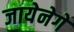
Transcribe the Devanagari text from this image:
जायेनेगे